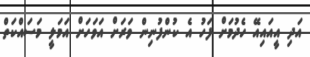
އަދި އީއައިއޭ ހެދުމަށް ފަހު އެ ކުންފުނިން ވަރަށް އަވަހަށް އަމަލީ މަސައްކަތް